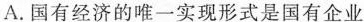
A.国有经济的唯一实现形式是国有企业